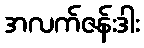
အလက်ဇန်းဒါး